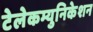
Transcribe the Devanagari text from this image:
टेलेकम्युनिकेशन